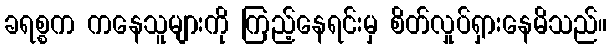
ခရစ္စက ကနေသူများကို ကြည့်နေရင်းမှ စိတ်လှုပ်ရှားနေမိသည်။